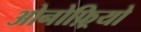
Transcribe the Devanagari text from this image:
ओनोफ़्रियो